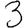
Digit: 3